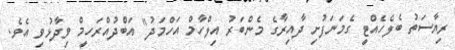
ރިޔާސަތު ބެލެހެއްޓީ ގެމަނަފުށި ދާއިރާގެ މެންބަރު އިލްހާމް އަހްމަދު" އަބްދުއްރަހީމް ވިދާޅުވި އެވެ.